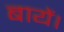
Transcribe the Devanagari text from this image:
बायें।